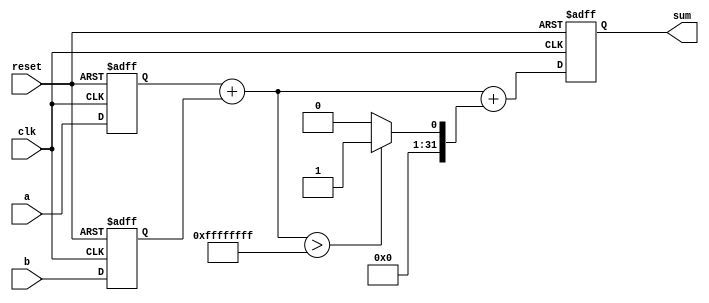
module carry_bypass_adder(
    input wire clk,
    input wire reset,
    input wire [31:0] a, b,
    output reg [31:0] sum
);

reg [31:0] in_reg_a, in_reg_b;
reg [31:0] out_reg;
reg [31:0] carry_out;

// Input register
always @(posedge clk or posedge reset) begin
    if (reset) begin
        in_reg_a <= 0;
        in_reg_b <= 0;
    end else begin
        in_reg_a <= a;
        in_reg_b <= b;
    end
end

// Arithmetic blocks
always @(*) begin
    out_reg = in_reg_a + in_reg_b + carry_out;
end

// Carry-bypass logic
always @(*) begin
    carry_out = (in_reg_a + in_reg_b) > 32'd4294967295 ? 1 : 0;
end

// Output register
always @(posedge clk or posedge reset) begin
    if (reset) begin
        sum <= 0;
    end else begin
        sum <= out_reg;
    end
end

endmodule